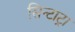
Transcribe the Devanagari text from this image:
सिन्टाट्रा